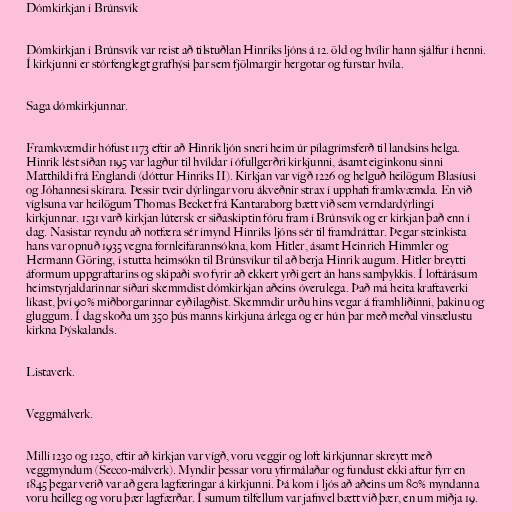
Dómkirkjan í Brúnsvík

Dómkirkjan í Brúnsvík var reist að tilstuðlan Hinriks ljóns á 12. öld og hvílir hann sjálfur í henni.
Í kirkjunni er stórfenglegt grafhýsi þar sem fjölmargir hergotar og furstar hvíla.

Saga dómkirkjunnar.

Framkvæmdir hófust 1173 eftir að Hinrik ljón sneri heim úr pílagrímsferð til landsins helga.
Hinrik lést síðan 1195 var lagður til hvíldar í ófullgerðri kirkjunni, ásamt eiginkonu sinni
Matthildi frá Englandi (dóttur Hinriks II). Kirkjan var vígð 1226 og helguð heilögum Blasíusi
og Jóhannesi skírara. Þessir tveir dýrlingar voru ákveðnir strax í upphafi framkvæmda. En við
víglsuna var heilögum Thomas Becket frá Kantaraborg bætt við sem verndardýrlingi
kirkjunnar. 1531 varð kirkjan lútersk er siðaskiptin fóru fram í Brúnsvík og er kirkjan það enn í
dag. Nasistar reyndu að notfæra sér ímynd Hinriks ljóns sér til framdráttar. Þegar steinkista
hans var opnuð 1935 vegna fornleifarannsókna, kom Hitler, ásamt Heinrich Himmler og
Hermann Göring, í stutta heimsókn til Brúnsvíkur til að berja Hinrik augum. Hitler breytti
áformum uppgraftarins og skipaði svo fyrir að ekkert yrði gert án hans samþykkis. Í loftárásum
heimstyrjaldarinnar síðari skemmdist dómkirkjan aðeins óverulega. Það má heita kraftaverki
líkast, því 90% miðborgarinnar eyðilagðist. Skemmdir urðu hins vegar á framhliðinni, þakinu og
gluggum. Í dag skoða um 350 þús manns kirkjuna árlega og er hún þar með meðal vinsælustu
kirkna Þýskalands.

Listaverk.

Veggmálverk.

Milli 1230 og 1250, eftir að kirkjan var vígð, voru veggir og loft kirkjunnar skreytt með
veggmyndum (Secco-málverk). Myndir þessar voru yfirmálaðar og fundust ekki aftur fyrr en
1845 þegar verið var að gera lagfæringar á kirkjunni. Þá kom í ljós að aðeins um 80% myndanna
voru heilleg og voru þær lagfærðar. Í sumum tilfellum var jafnvel bætt við þær, en um miðja 19.